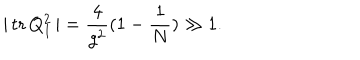
\vert \, \mathrm { t r } \, Q _ { I } ^ { 2 } \, \vert = \frac { 4 } { g ^ { 2 } } ( 1 - \frac { 1 } { N } ) \gg 1 .